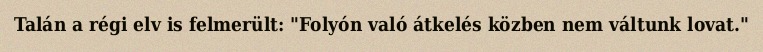
Talán a régi elv is felmerült: "Folyón való átkelés közben nem váltunk lovat."